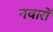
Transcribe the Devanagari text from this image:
नवारों